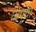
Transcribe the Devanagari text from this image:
घोगर्‍या